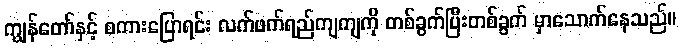
ကျွန်တော်နှင့် စကားပြောရင်း လက်ဖက်ရည်ကျကျကို တစ်ခွက်ပြီးတစ်ခွက် မှာသောက်နေသည်။